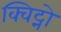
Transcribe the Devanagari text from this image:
क्विट्नो